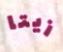
زيتا